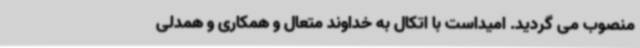
منصوب می گردید. امیداست با اتکال به خداوند متعال و همکاری و همدلی